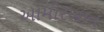
આમીરખાન